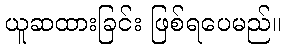
ယူဆထားခြင်း ဖြစ်ရပေမည်။